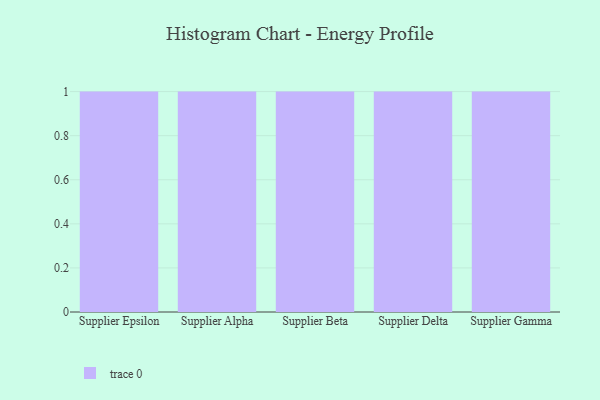
{"axis": {"x": "Supplier", "y": "Budget (USD K)"}, "legend": [""], "data": [{"x": "Supplier Epsilon", "y": 68, "type": ""}, {"x": "Supplier Alpha", "y": 10, "type": ""}, {"x": "Supplier Beta", "y": 78, "type": ""}, {"x": "Supplier Delta", "y": 93, "type": ""}, {"x": "Supplier Gamma", "y": 74, "type": ""}]}